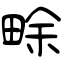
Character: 畭